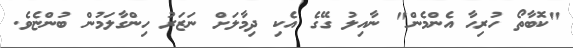
"ކޮބާތޯ ހުރިހާ އެންމެން" ނާއިލު ގޭގެ އެކި ދިމާލަށް ނަޒަރު ހިންގާލަމުން ބުންޏެވެ.